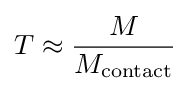
T\approx {\frac {M}{M_{\rm {contact}}}}